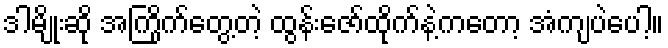
ဒါမျိုးဆို အကြိုက်တွေ့တဲ့ ထွန်းဇော်ထိုက်နဲ့ကတော့ အံကျပဲပေါ့။